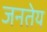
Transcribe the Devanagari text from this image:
जनतेय